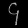
Digit: ၄